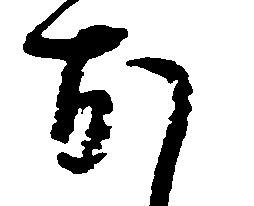
お